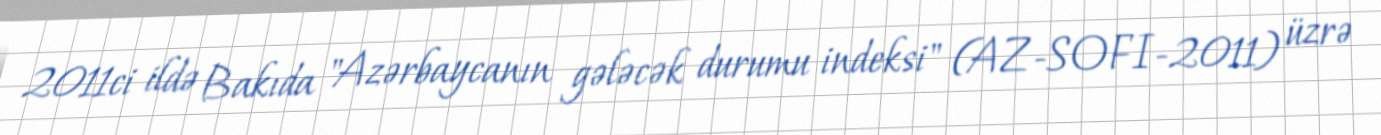
2011ci ildə Bakıda "Azərbaycanın gələcək durumu indeksi" (AZ-SOFI-2011) üzrə